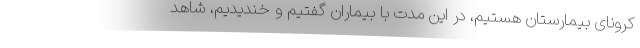
کرونای بیمارستان هستیم، در این مدت با بیماران گفتیم و خندیدیم، شاهد